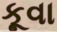
કૂવા